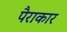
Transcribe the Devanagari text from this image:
पैराकार